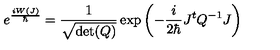
e ^ { \frac { i W ( J ) } { \hbar } } = \frac { 1 } { \sqrt { \det ( Q ) } } \exp \left( - \frac { i } { 2 \hbar } J ^ { t } Q ^ { - 1 } J \right)